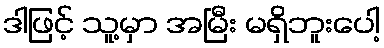
ဒါဖြင့် သူ့မှာ အမြီး မရှိဘူးပေါ့